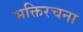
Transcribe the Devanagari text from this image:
भक्तिरचना